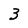
Character: 3